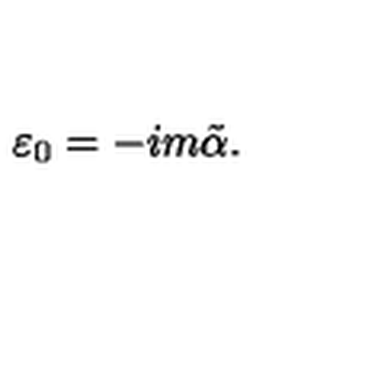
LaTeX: \varepsilon _ { 0 } = - i m \tilde { \alpha } .